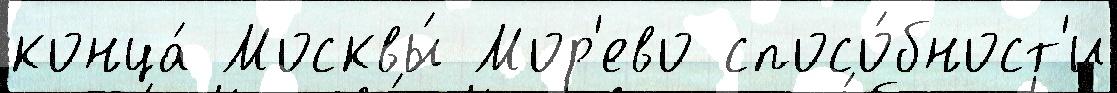
конца́ Москвы́ Мор'ево спосо́бност'и